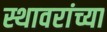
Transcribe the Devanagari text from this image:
स्थावरांच्या